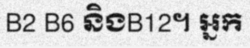
B2 B6 និងB12។ អ្នក